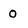
Character: 0